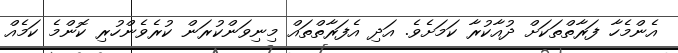
އެންމެހާ ފަރާތްތަކަށް ދުއާކުރާ ކަމަށެވެ. އަދި އެފަރާތްތައް މިނިވަންކުރަން ކުރެވެންހުރި ކޮންމެ ކަމެއް